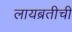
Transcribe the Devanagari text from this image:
लायब्रतीची